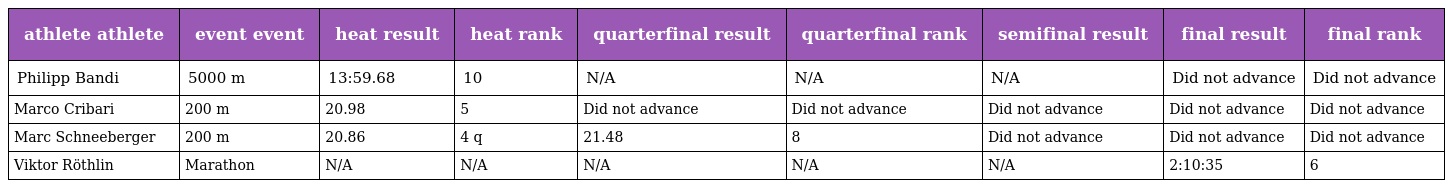
| athlete athlete | event event | heat result | heat rank | quarterfinal result | quarterfinal rank | semifinal result | final result | final rank |
 | --- | --- | --- | --- | --- | --- | --- | --- | --- |
 | Philipp Bandi | 5000 m | 13:59.68 | 10 | N/A | N/A | N/A | Did not advance | Did not advance |
 | Marco Cribari | 200 m | 20.98 | 5 | Did not advance | Did not advance | Did not advance | Did not advance | Did not advance |
 | Marc Schneeberger | 200 m | 20.86 | 4 q | 21.48 | 8 | Did not advance | Did not advance | Did not advance |
 | Viktor Röthlin | Marathon | N/A | N/A | N/A | N/A | N/A | 2:10:35 | 6 |